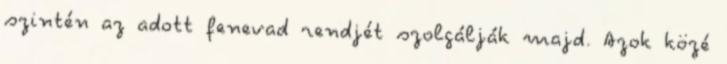
szintén az adott fenevad rendjét szolgálják majd. Azok közé